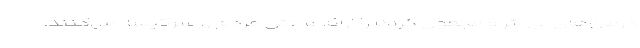
درمان‌های بی اثر و مجعول کرونا را ارائه و حتی مردم را سرکیسه می‌کنند.